65_HS1-834228961_62-HQ-83894_Section_3
Agency: FBI
Page 171
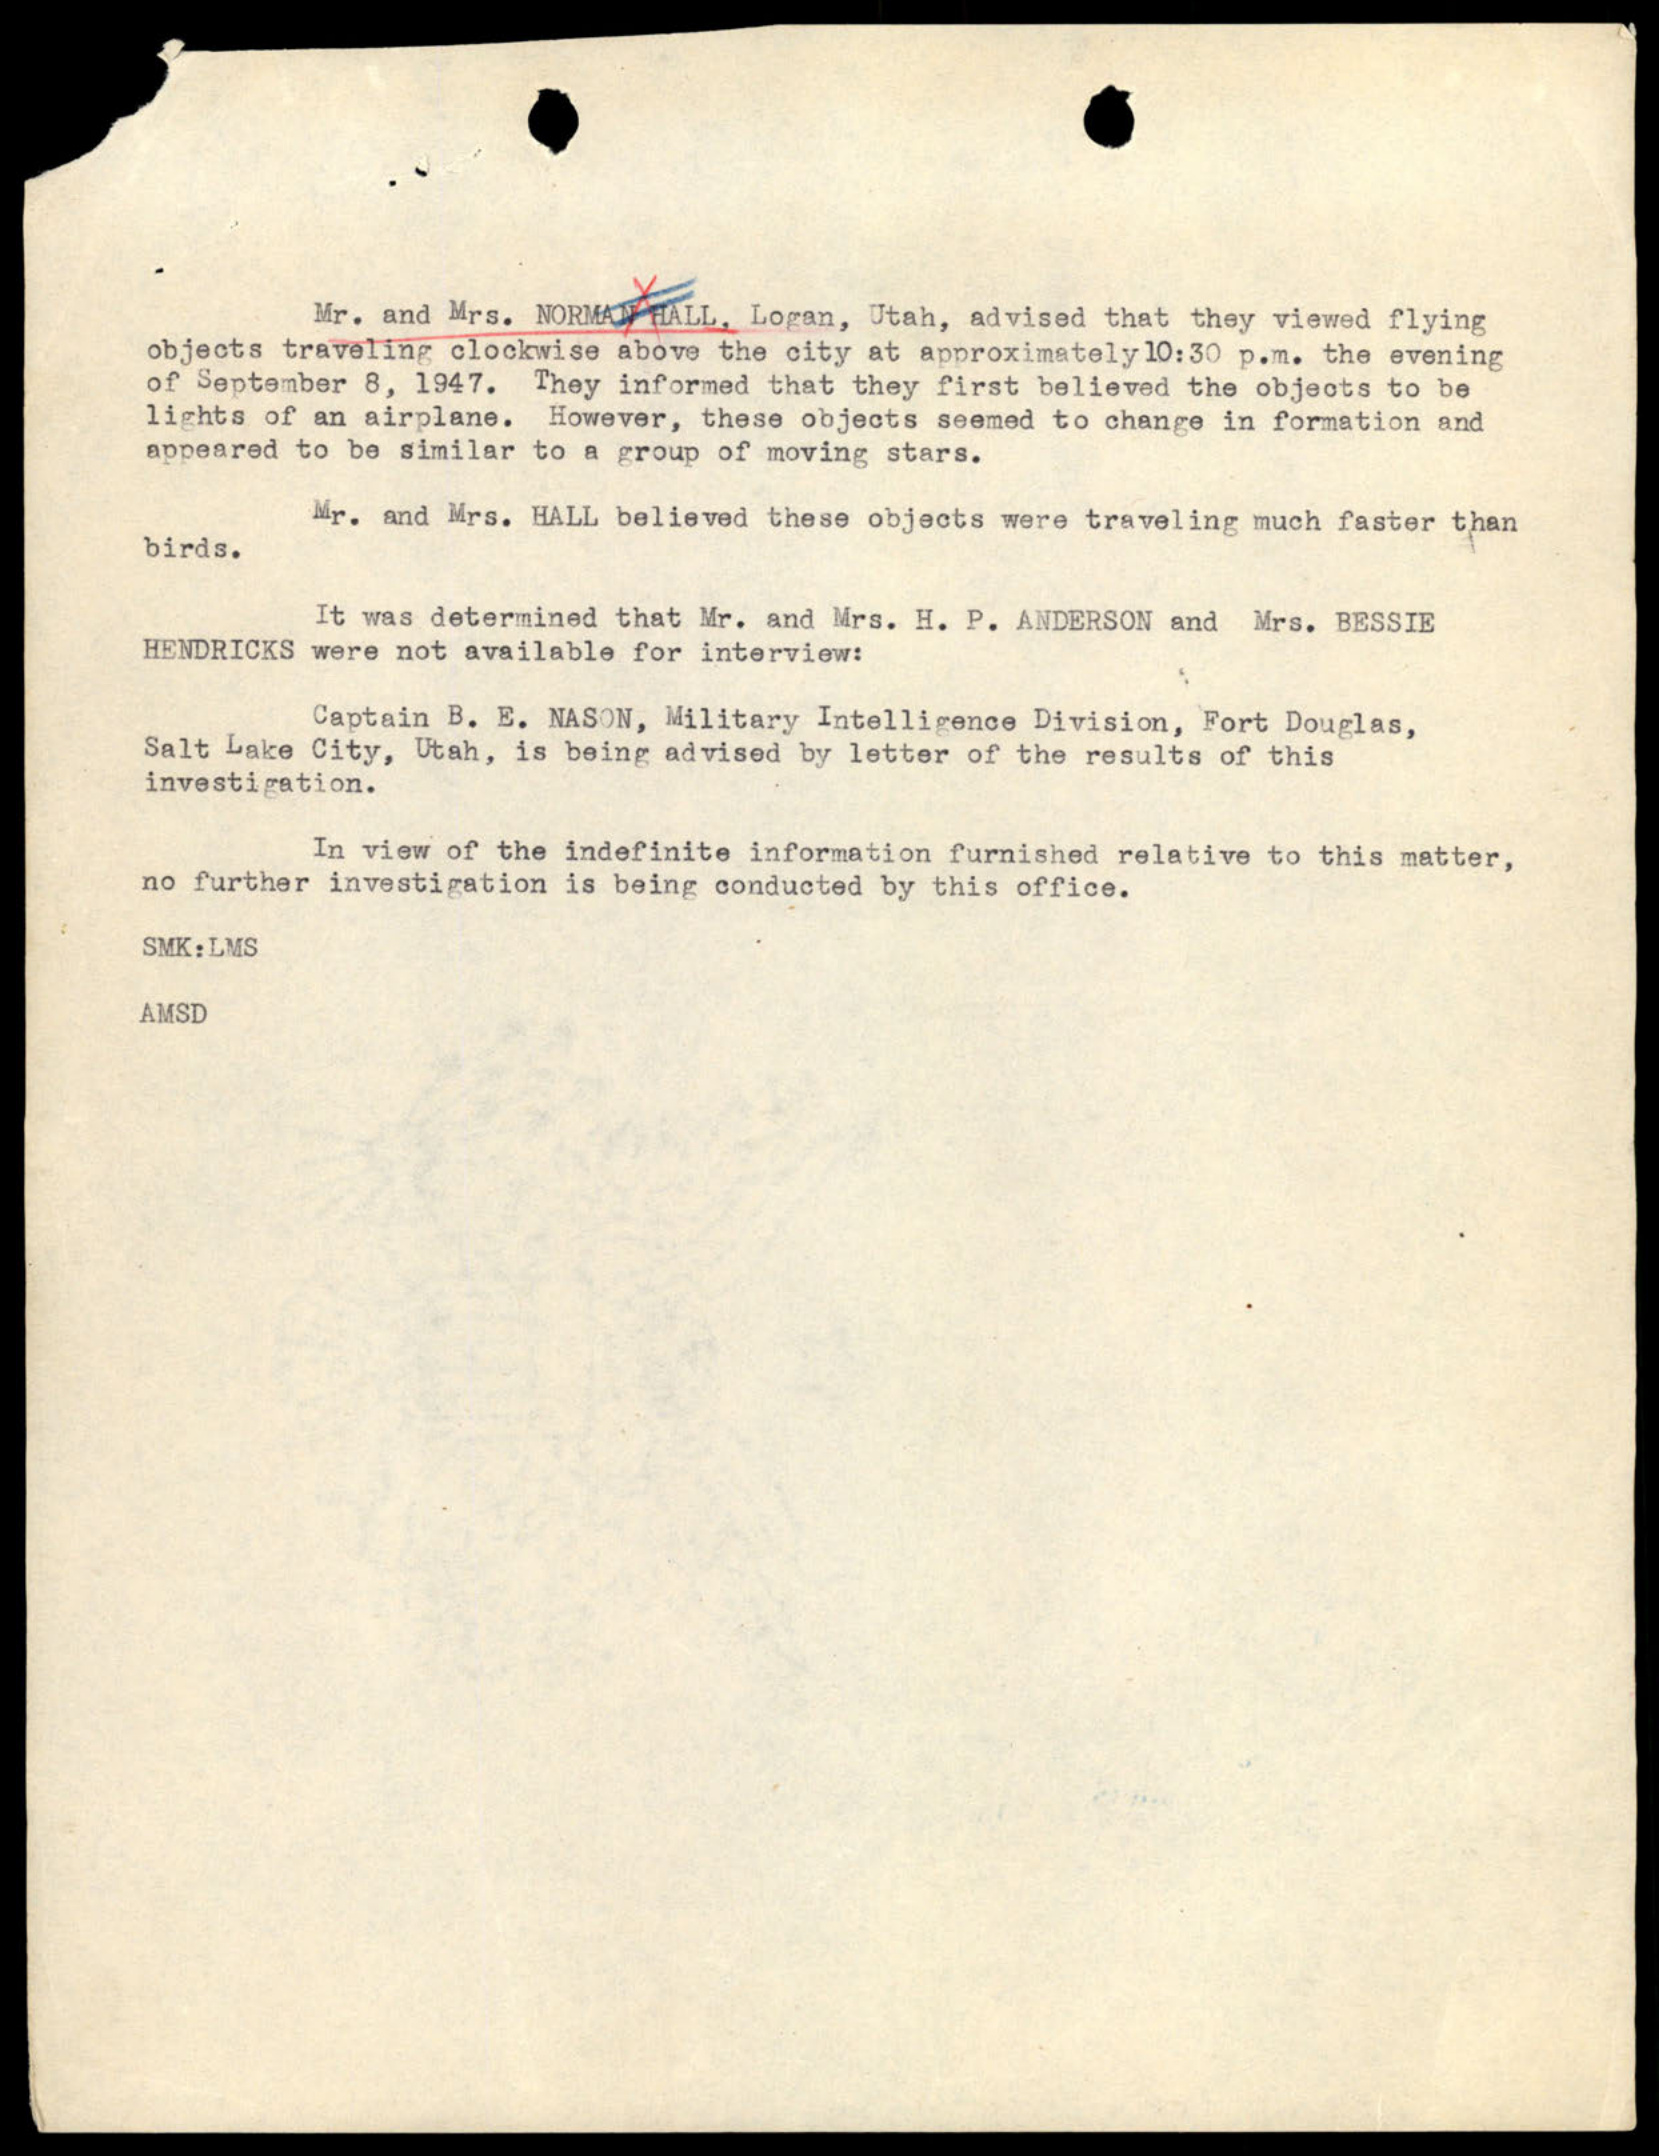